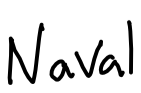
Text: Naval
Cross-out: clean
Writing tool: digital_black